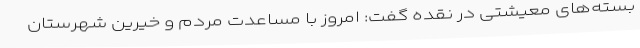
بسته‌های معیشتی در نقده گفت: امروز با مساعدت مردم و خیرین شهرستان